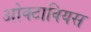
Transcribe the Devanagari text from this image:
ओक्टावियस